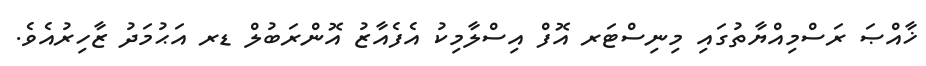
ޚާއްޞަ ރަސްމިއްޔާތުގައި މިނިސްޓަރ އޮފް އިސްލާމިކު އެފެއާޒު އޮންރަބުލް ޑރ އަޙުމަދު ޒާހިރުއެވެ.